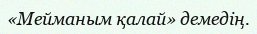
«Мейманым қалай» демедің.